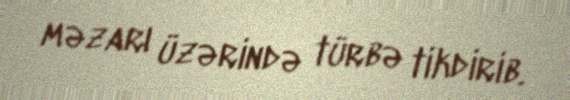
məzarı üzərində türbə tikdirib.